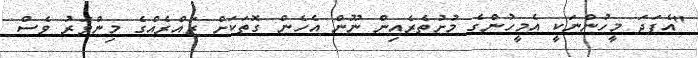
"އެފަދަ މީހުންނަކީ އެމީހުންގެ މުށުތެރެއިން ނޫން އެހެން ގޮތަކަށް ޒައްރެއްގެ މިންވަރު ވެސް